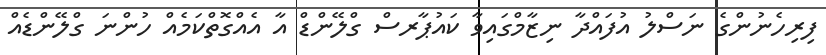
ފިރިހެނުންގެ ނަސްލު އުފައްދާ ނިޒާމްގައިވާ ކައުޕާރސް ގްލޭންޑް އާ އެއްގޮތްކަމެއް ހުންނަ ގްލޭންޑެއް